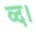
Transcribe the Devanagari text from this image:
व्द।